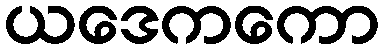
ယဒေကကော